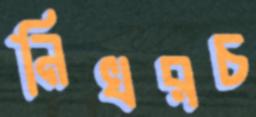
নিখরচ